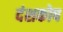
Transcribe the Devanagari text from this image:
दंशकोष